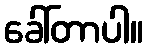
ခေါ်တာပါ။